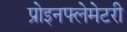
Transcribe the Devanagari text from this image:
प्रोइनफ्लेमेटरी